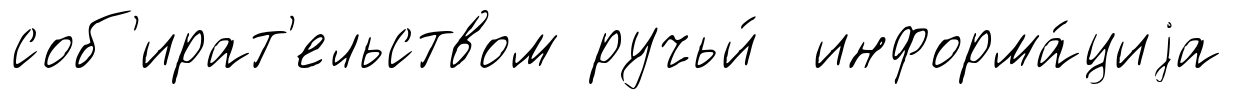
соб'ират'ельством ручьи́ информа́циjа